Insane asylums in Bengal annual reports 1876-1887 - 1876-1887
Year: 1876
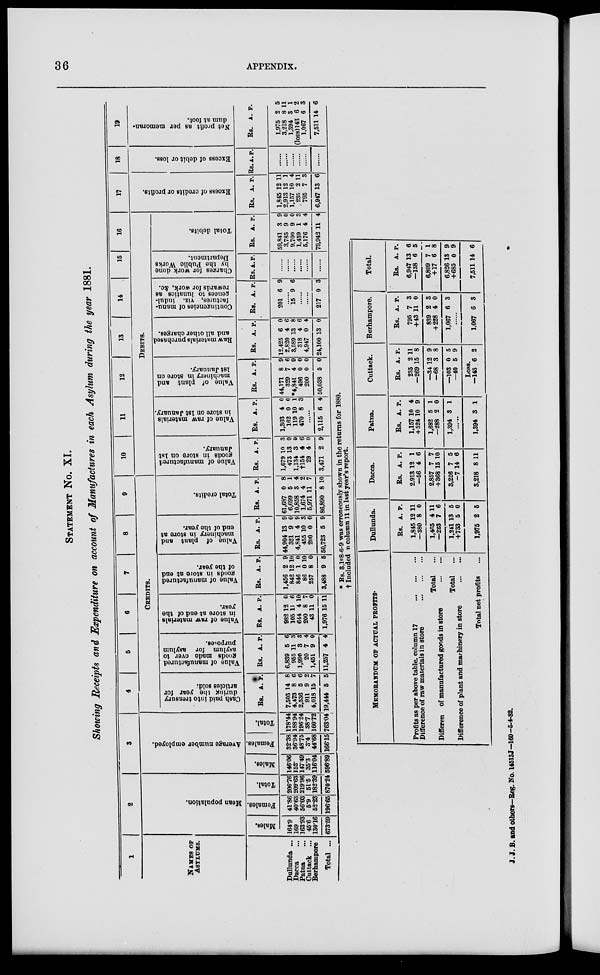
36
APPENDIX.
STATEMENT No. XI.
Showing Receipts and Expenditure on account of Manufactures in each Asylum during the year 1881.
1
NAMES OF
ASYLUMS.
Dullunda ...
Dacca ...
Patna ...
Cuttack ...
Berhampore
Total ...
2
Mean population.
Males.
164.9
169
168.93
45.6
130.16
673.59
Females.
41.86
40.63
56.03
5.9
52.23
196.65
Total.
206.76
209.63
219.96
51.5
182.39
870.24
3
Average number employed.
Males.
146.06
152.
147.49
35.3
116.04
596.89
Females.
32.38
36.94
48.75
3.4
44.68
166.15
Total.
178.44
188.94
196.24
38.7
160.72
763.04
4
5
6
7
8
9
CREDITS.
Cash paid into treasury
during the year for
articles sold.
Rs.
7,503
4,473
2,536
911
4,018
19,444
A.
14
8
5
9
15
5
P.
8
6
6
2
7
5
Value of manufactured
goods made over to
asylum for asylum
purposes.
Rs.
6,839
955
1,990
20
1,451
11,257
A.
5
11
3
7
9
4
P.
6
3
3
4
0
4
Value of raw materials
in store at end of the
year.
Rs.
982
105
644
200
43
1,976
A.
12
11
4
8
11
15
P.
0
6
10
7
0
11
Value of manufactured
goods in store at end
of the year.
Rs.
1,456
842
846
86
257
3,488
A.
2
12
1
0
8
9
P.
9
10
0
10
0
5
Value of plant and
machinery in store at
end of the year.
Rs.
44,904
321
4,841
455
200
50,723
A.
13
9
4
10
0
5
P.
9
0
9
3
0
9
Total credits.
Rs.
61,687
6,699
10,858
1,674
5,971
86,890
A.
0
5
3
4
11
8
P.
8
1
4
2
7
10
10
11
12
13
14
15
16
Debits.
Value of manufactured
goods in store on 1st
January.
Rs.
1,679
473
1,134
†l54
29
3,471
A.
10
13
3
4
4
2
P.
3
0
0
6
0
9
Value of raw materials
in store on 1st January.
Rs.
1,363
162
119
470
A.
4
0
10
8
P.
0
0
1
3
......
2,115 6 4
Value of plant and
machinery in store on
1st January.
Rs.
44,171
329
*4,841
496
200
50,038
A.
8
7
4
0
0
5
P.
9
6
9
0
0
0
Raw materials purchased
and all other charges.
Rs.
12,425
2,820
3,589
318
4,947
24,100
A.
6
4
13
4
0
13
P.
0
6
8
6
4
0
Contingencies of manu-
factures, viz. indul-
gences to lunatics as
rewards for work, &c.
Rs.
201
A.
6
P.
9
......
15 9 6
......
......
217 0 3
Charges for work done
by the Public Works
Department.
Rs. A. P.
......
......
......
......
......
......
Total debits.
Rs.
59,841
3,785
9,700
1,439
5,176
79,942
A.
3
9
9
1
4
11
P.
9
0
0
3
4
4
17
Excess of credits or profits.
Rs.
1,845
2,913
1,157
235
795
6,947
A.
12
12
10
2
7
13
P.
11
1
4
11
3
6
18
Excess of debit or loss.
Rs. A. P.
......
......
......
......
......
19
Net profit as per memoran-
dum at foot.
Rs.
1,975
3,218
1,394
(loss)143
1,067
7,511
A.
2
8
3
6
6
14
P.
5
11
1
2
3
6
* Rs. 3,108-6-9 was erroneously shown in the returns for 1880.
† Included in column 11 in last year's report.
MEMORANDUM OF ACTUAL PROFITS.
Profits as per above table, column 17
... ... ...
Difference of raw materials in store
... ... ...
Total ...
Difference of manufactured goods in store
... ...
Total ...
Difference of plant and machinery in store
... ...
Total net profits ...
Dullunda.
Rs.
1,845
—380
1,465
—223
1,241
†733
1,975
A.
12
8
4
7
13
5
2
P.
11
0
11
6
5
0
6
Dacca.
Rs.
2,913
—56
2,857
+368
3,226
—7
3,218
A.
12
4
7
15
7
14
8
P.
1
6
7
10
5
6
11
Patna.
Rs.
1,157
+524
1,682
—288
1,394
A.
10
10
5
2
3
P.
4
9
1
0
1
......
1,394 3 1
Cuttack.
Rs.
235
—269
—34
—68
—103
—40
Loss.
—143
A.
2
15
12
3
0
5
6
P.
11
8
9
8
5
9
2
Berhampore.
Rs.
795
+43
839
+228
1,067
A.
7
11
2
4
6
P.
3
0
3
0
3
......
1,067 6 3
Total.
Rs.
6,947
—138
6,809
+17
6,826
+685
7,511
A.
13
6
7
6
13
0
14
P.
6
5
1
8
9
9
6
J. J. B. and others—Reg. No. 14513J-160-5-4-82.